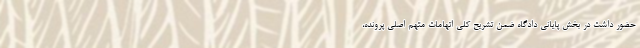
حضور داشت در بخش پایانی دادگاه ضمن تشریح کلی اتهامات متهم اصلی پرونده،